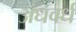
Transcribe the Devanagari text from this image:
अंधवर्ध